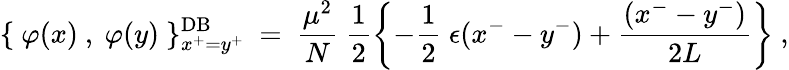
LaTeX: \{ ~\varphi(x)~,~\varphi(y)~\} _{x^{+}=y^{+}}^{\mathrm{DB}}~=~\frac{\mu^{2}}{N}~\frac{1}{2}\left\{ -\frac{1}{2}~\epsilon(x^{-}-y^{-})+\frac{(x^{-}-y^{-})}{2L}\right\} ~,